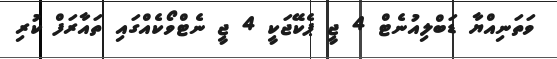
ވަތަނިއްޔާ ޑަބްލިއުނެޓް 4 ޖީ ޕެކޭޖަކީ 4 ޖީ ނެޓްވޯކެއްގައި ތައާރަފް ކުރި